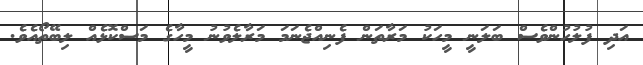
އަދި ފުލުހުންވެސް ބަލަނީ މީހަކު މަރާތަން ފެނިއްޖެނަމަ މަރާލެވުނު މީހާގެ މަސްކޮޅެއް ލިބޭތޯއެވެ.